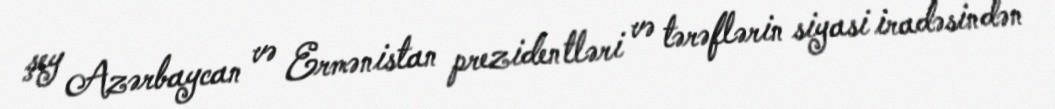
şey Azərbaycan və Ermənistan prezidentləri və tərəflərin siyasi iradəsindən